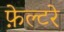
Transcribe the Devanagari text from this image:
फ़ेल्टरे